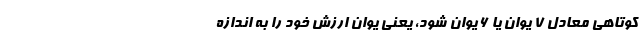
کوتاهی معادل ۷ یوان یا ۶ یوان شود، یعنی یوان ارزش خود را به اندازه